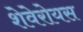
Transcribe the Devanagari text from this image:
शेवेरोयस